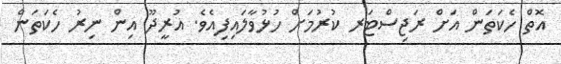
އޮތް ހެކަތަން އަށް ރަޖިސްޓަރ ކުރުމަށް ހުޅުވާލައިފިއެވެ. އުރީދޫ އިން ނިރު ހެކަތަން